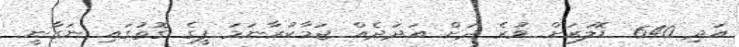
އަދި 640 ޑޮލަރަށް ވުރެ ދަށް އަދަދެއް ޖަމާކުރާނަމަ ފީގެ ގޮތުގައި ނަގާނީ